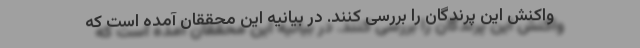
واکنش این پرندگان را بررسی کنند. در بیانیه این محققان آمده است که